Annual report on the Civil Veterinary Department, Burma (including the Insein Veterinary School) - 1932-1941
Year: 1932
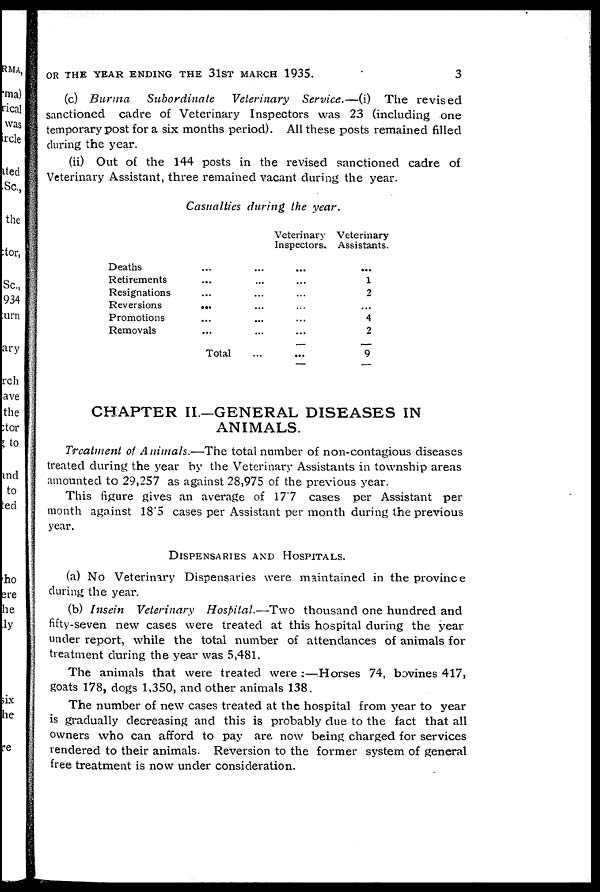
OR THE YEAR ENDING THE 3lST MARCH 1935.
3
(c) Burma
Subordinate
Veterinary Service.—(i) The revised
sanctioned cadre of Veterinary Inspectors was 23 (including one
temporary post for a six months period). All these posts remained filled
during the year.
(ii) Out of the 144 posts in the revised sanctioned cadre of
Veterinary Assistant, three remained vacant during the year.
Casualties during, the year.
Deaths... ...
Retirements... ...
Resignations... ...
Reversions... ...
Promotions... ...
Removals... ...
Total ...
Veterinary
Inspectors.
...
...
...
...
...
...
...
Veterinary
Assistants.
...
1
2
...
4
2
9
CHAPTER II.—GENERAL DISEASES IN
ANIMALS.
Treatment of Animals.—The total number of non-contagious diseases
treated during the year by the Veterinary Assistants in township areas
amounted to 29,257 as against 28,975 of the previous year.
This figure gives an average of 17.7 cases per Assistant per
month against 18"5 cases per Assistant per month during the previous
year.
DIPENSARIES AND HOSPITALS.
(a) No Veterinary Dispensaries were maintained in the province
during the year.
(b) Insein Veterinary Hospital.—Two thousand one hundred and
fifty-seven new cases were treated at this hospital during the year
under report, while the total number of attendances of animals for
treatment during the year was 5,481.
The animals that were treated were :—Horses 74, bovines 417,
goats 178, dogs 1,350, and other animals 138.
The number of new cases treated at the hospital from year to year
is gradually decreasing and this is probably due to the fact that all
owners who can afford to pay are now being charged for services
rendered to their animals. Reversion to the former system of general
free treatment is now under consideration.